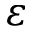
\varepsilon